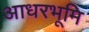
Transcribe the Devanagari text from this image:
आधरभूमि